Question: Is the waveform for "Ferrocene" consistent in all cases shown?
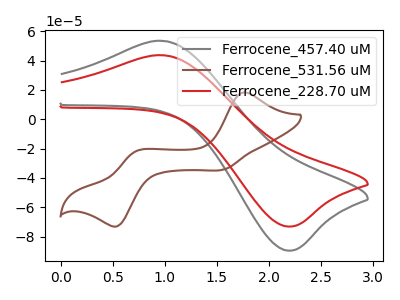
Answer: <think>The gray curve "Ferrocene_457.40 uM" has an anodic peak at (1.00V, 53.35uA) and a cathodic peak at (2.20V, -89.50uA). The brown curve "Ferrocene_531.56 uM" has anodic peaks at (1.75V, 18.25uA) (0.70V, -21.75uA) and cathodic peaks at (1.55V, -34.20uA) (0.55V, -72.75uA). The red curve "Ferrocene_228.70 uM" has an anodic peak at (1.00V, 43.55uA) and a cathodic peak at (2.20V, -73.10uA).
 "Ferrocene_457.40 uM" and "Ferrocene_531.56 uM" have a different number of peaks. All the peaks in "Ferrocene_457.40 uM" have a peak in "Ferrocene_228.70 uM" at the same potential. Every peak in "Ferrocene_457.40 uM" is higher than every peak in "Ferrocene_228.70 uM". "Ferrocene_531.56 uM" and "Ferrocene_228.70 uM" have a different number of peaks.</think>
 <answer>All the CV's of "Ferrocene" have similar shape.</answer>
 <eval>follow_rule</eval>